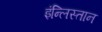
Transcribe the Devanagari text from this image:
इंन्लिस्तान